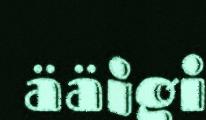
ääigi